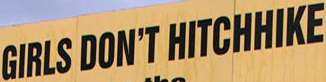
DIRLS DON'T HITCHHIKE